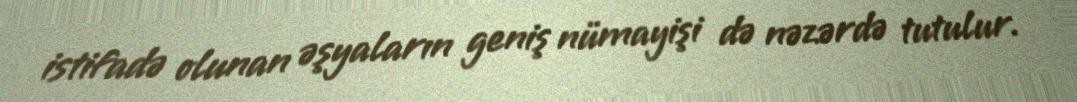
istifadə olunan əşyaların geniş nümayişi də nəzərdə tutulur.